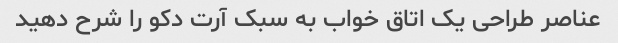
عناصر طراحی یک اتاق خواب به سبک آرت دکو را شرح دهید